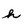
Character: h